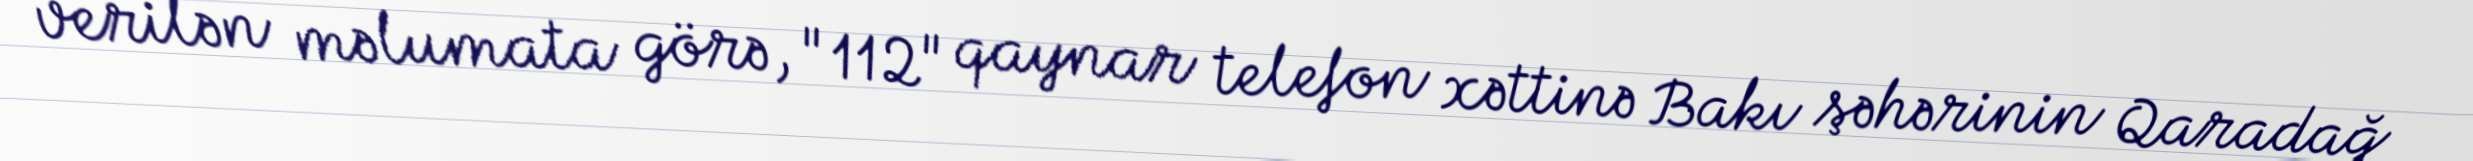
verilən məlumata görə, "112" qaynar telefon xəttinə Bakı şəhərinin Qaradağ